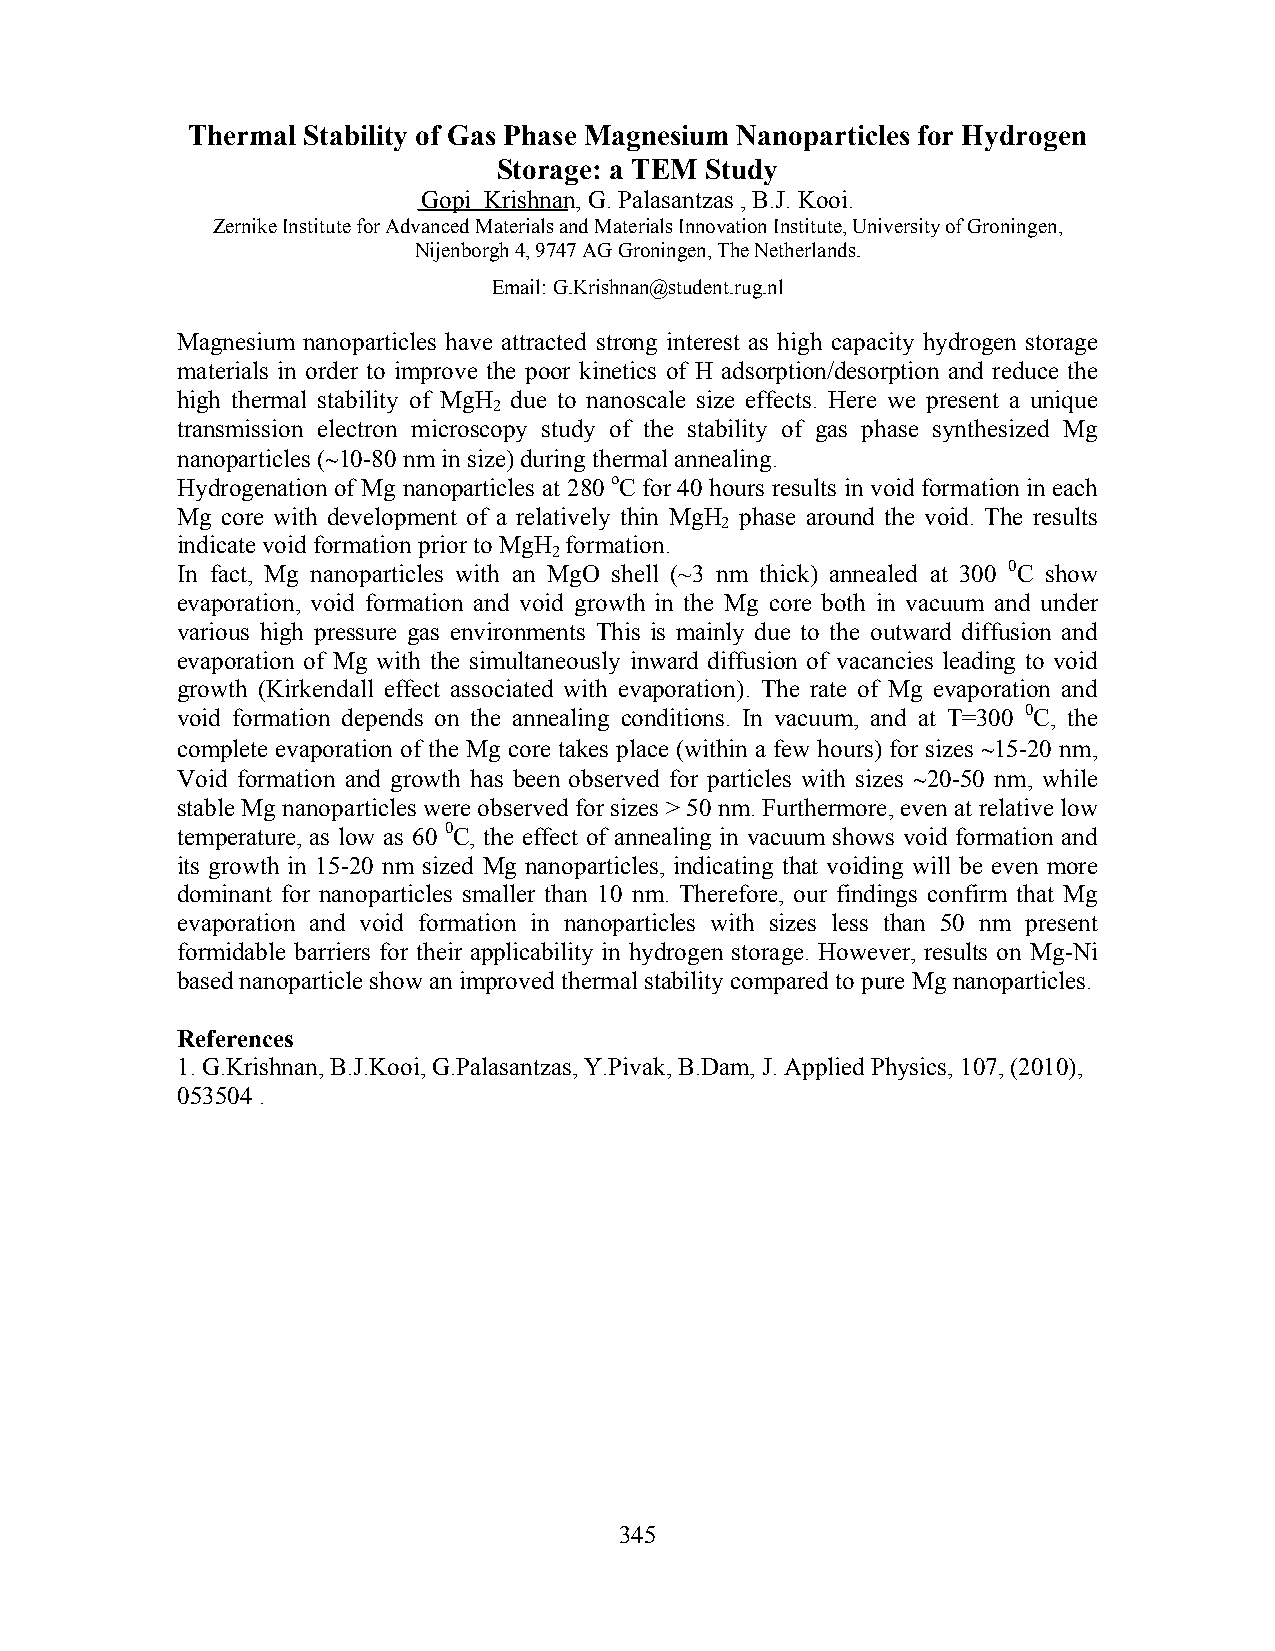
Thermal Stability of Gas Phase Magnesium Nanoparticles for Hydrogen
 Storage: a TEM Study
 Gopi Krishnan, G. Palasantzas , B.J. Kooi.
 Zernike Institute for Advanced Materials and Materials Innovation Institute, University of Groningen,
 Nijenborgh 4, 9747 AG Groningen, The Netherlands.
 Email: G.Krishnan@student.rug.nl
 Magnesium nanoparticles have attracted strong interest as high capacity hydrogen storage
 materials in order to improve the poor kinetics of H adsorption/desorption and reduce the
 high thermal stability of MgH due to nanoscale size effects. Here we present a unique
 2
 transmission electron microscopy study of the stability of gas phase synthesized Mg
 nanoparticles (∼10-80 nm in size) during thermal annealing.
 Hydrogenation of Mg nanoparticles at 280 oC for 40 hours results in void formation in each
 Mg core with development of a relatively thin MgH phase around the void. The results
 2
 indicate void formation prior to MgH formation.
 2
 In fact, Mg nanoparticles with an MgO shell (~3 nm thick) annealed at 300 0C show
 evaporation, void formation and void growth in the Mg core both in vacuum and under
 various high pressure gas environments This is mainly due to the outward diffusion and
 evaporation of Mg with the simultaneously inward diffusion of vacancies leading to void
 growth (Kirkendall effect associated with evaporation). The rate of Mg evaporation and
 void formation depends on the annealing conditions. In vacuum, and at T=300 0C, the
 complete evaporation of the Mg core takes place (within a few hours) for sizes ∼15-20 nm,
 Void formation and growth has been observed for particles with sizes ∼20-50 nm, while
 stable Mg nanoparticles were observed for sizes > 50 nm. Furthermore, even at relative low
 temperature, as low as 60 0C, the effect of annealing in vacuum shows void formation and
 its growth in 15-20 nm sized Mg nanoparticles, indicating that voiding will be even more
 dominant for nanoparticles smaller than 10 nm. Therefore, our findings confirm that Mg
 evaporation and void formation in nanoparticles with sizes less than 50 nm present
 formidable barriers for their applicability in hydrogen storage. However, results on Mg-Ni
 based nanoparticle show an improved thermal stability compared to pure Mg nanoparticles.
 References
 1. G.Krishnan, B.J.Kooi, G.Palasantzas, Y.Pivak, B.Dam, J. Applied Physics, 107, (2010),
 053504 .
 345